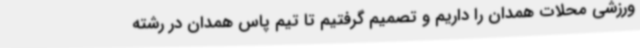
ورزشی محلات همدان را داریم و تصمیم گرفتیم تا تیم پاس همدان در رشته